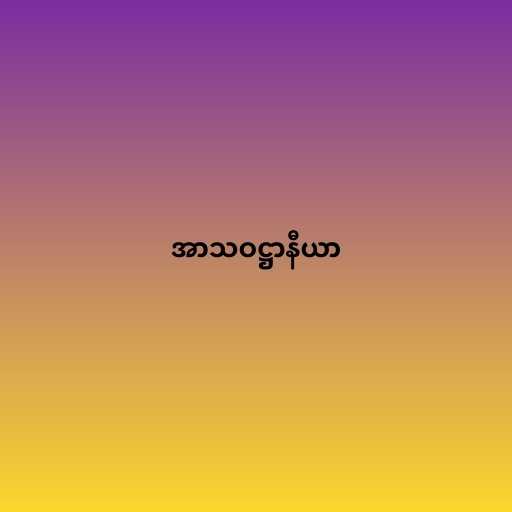
အာသဝဋ္ဌာနီယာ